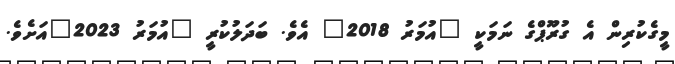
މީގެކުރިން އެ ގުރޫޕްގެ ނަމަކީ "އުމަރު 2018" އެވެ. ބަދަލުކުރީ "އުމަރު 2023"އަށެވެ.